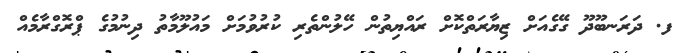
ފ. ދަރަނބޫދޫ ގޭގެއަށް ޒިޔާރަތްކޮށް ރައްޔިތުން ހޭލުންތެރި ކުރުވުމަށް މައުލޫމާތު ދިނުމުގެ ޕްރޮގްރާމެއް